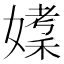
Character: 𪦘